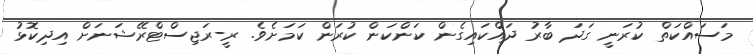
މަސައްކަތް ކުރަނީ ގަދަ ބާރު ދައްކައިގެން ކަންކަން ކުރަން ކަމަށެވެ. ރީ-ރަޖިސްޓްރޭޝަނަށް އިދިކޮޅު